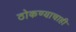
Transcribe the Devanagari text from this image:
ठोकण्याचाही